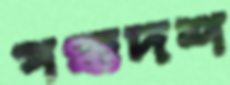
পঞ্চদশ